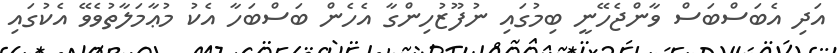
އަދި އެބަސްބަސް ވާންޖެހޭނީ ބިމުގައި ނުފޫޒުހިންގާ އެހެން ބަސްބަހާ އެކު މުޢާމަލާތުވެވޭ އެކުގައި